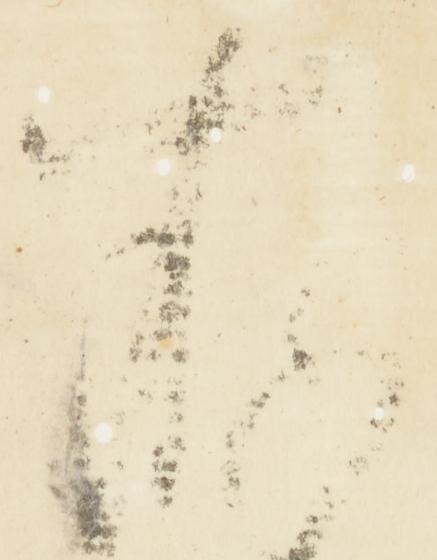
存